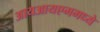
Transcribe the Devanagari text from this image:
आयआयएममध्ये